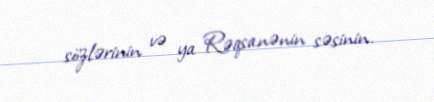
sözlərinin və ya Rəqsanənin səsinin.